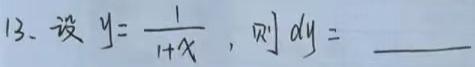
13. 设$y = \frac{1}{1 + x}$，则$dy =$  \_\_\_\_\_